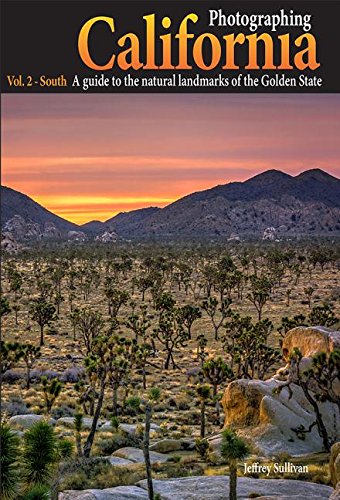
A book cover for Photographing California - Vol. 2: South; Jeffrey Sullivan; Arts & Photography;